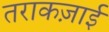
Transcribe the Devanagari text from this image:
तराकज़ाई